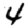
Digit: 4